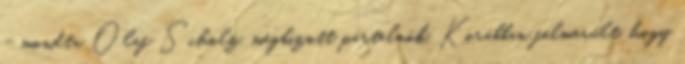
- mondta Olaf Scholz, megbízott pártelnök. Korábban felmerült, hogy